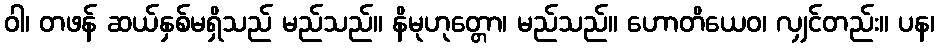
ဝါ၊ တဖန် ဆယ်နှစ်မရှိသည် မည်သည်။ နိမုဟုတ္တော၊ မည်သည်။ ဟောတိယေဝ၊ လျှင်တည်း။ ပန၊